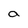
Character: a